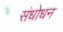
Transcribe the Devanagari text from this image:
संधोधन